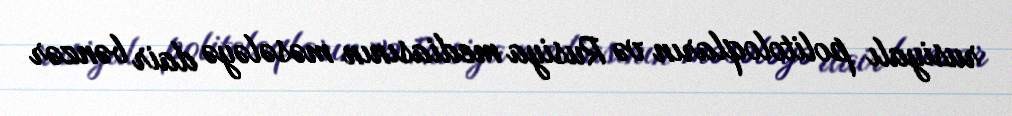
rusiyalı politoloqların və Rusiya mediasının məsələyə dair bənzər